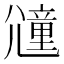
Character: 𡰕